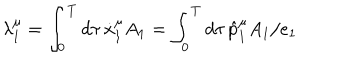
\lambda _ { 1 } ^ { \mu } = \int _ { 0 } ^ { T } d \tau \, \dot { x } _ { 1 } ^ { \mu } A _ { 1 } = \int _ { 0 } ^ { T } d \tau \, \hat { p } _ { 1 } ^ { \mu } A _ { 1 } / e _ { 1 }